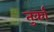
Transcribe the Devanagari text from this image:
तुर्कां